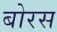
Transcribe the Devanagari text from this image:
बोरस